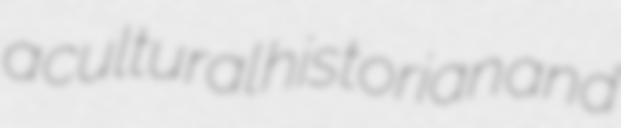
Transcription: a cultural historian and